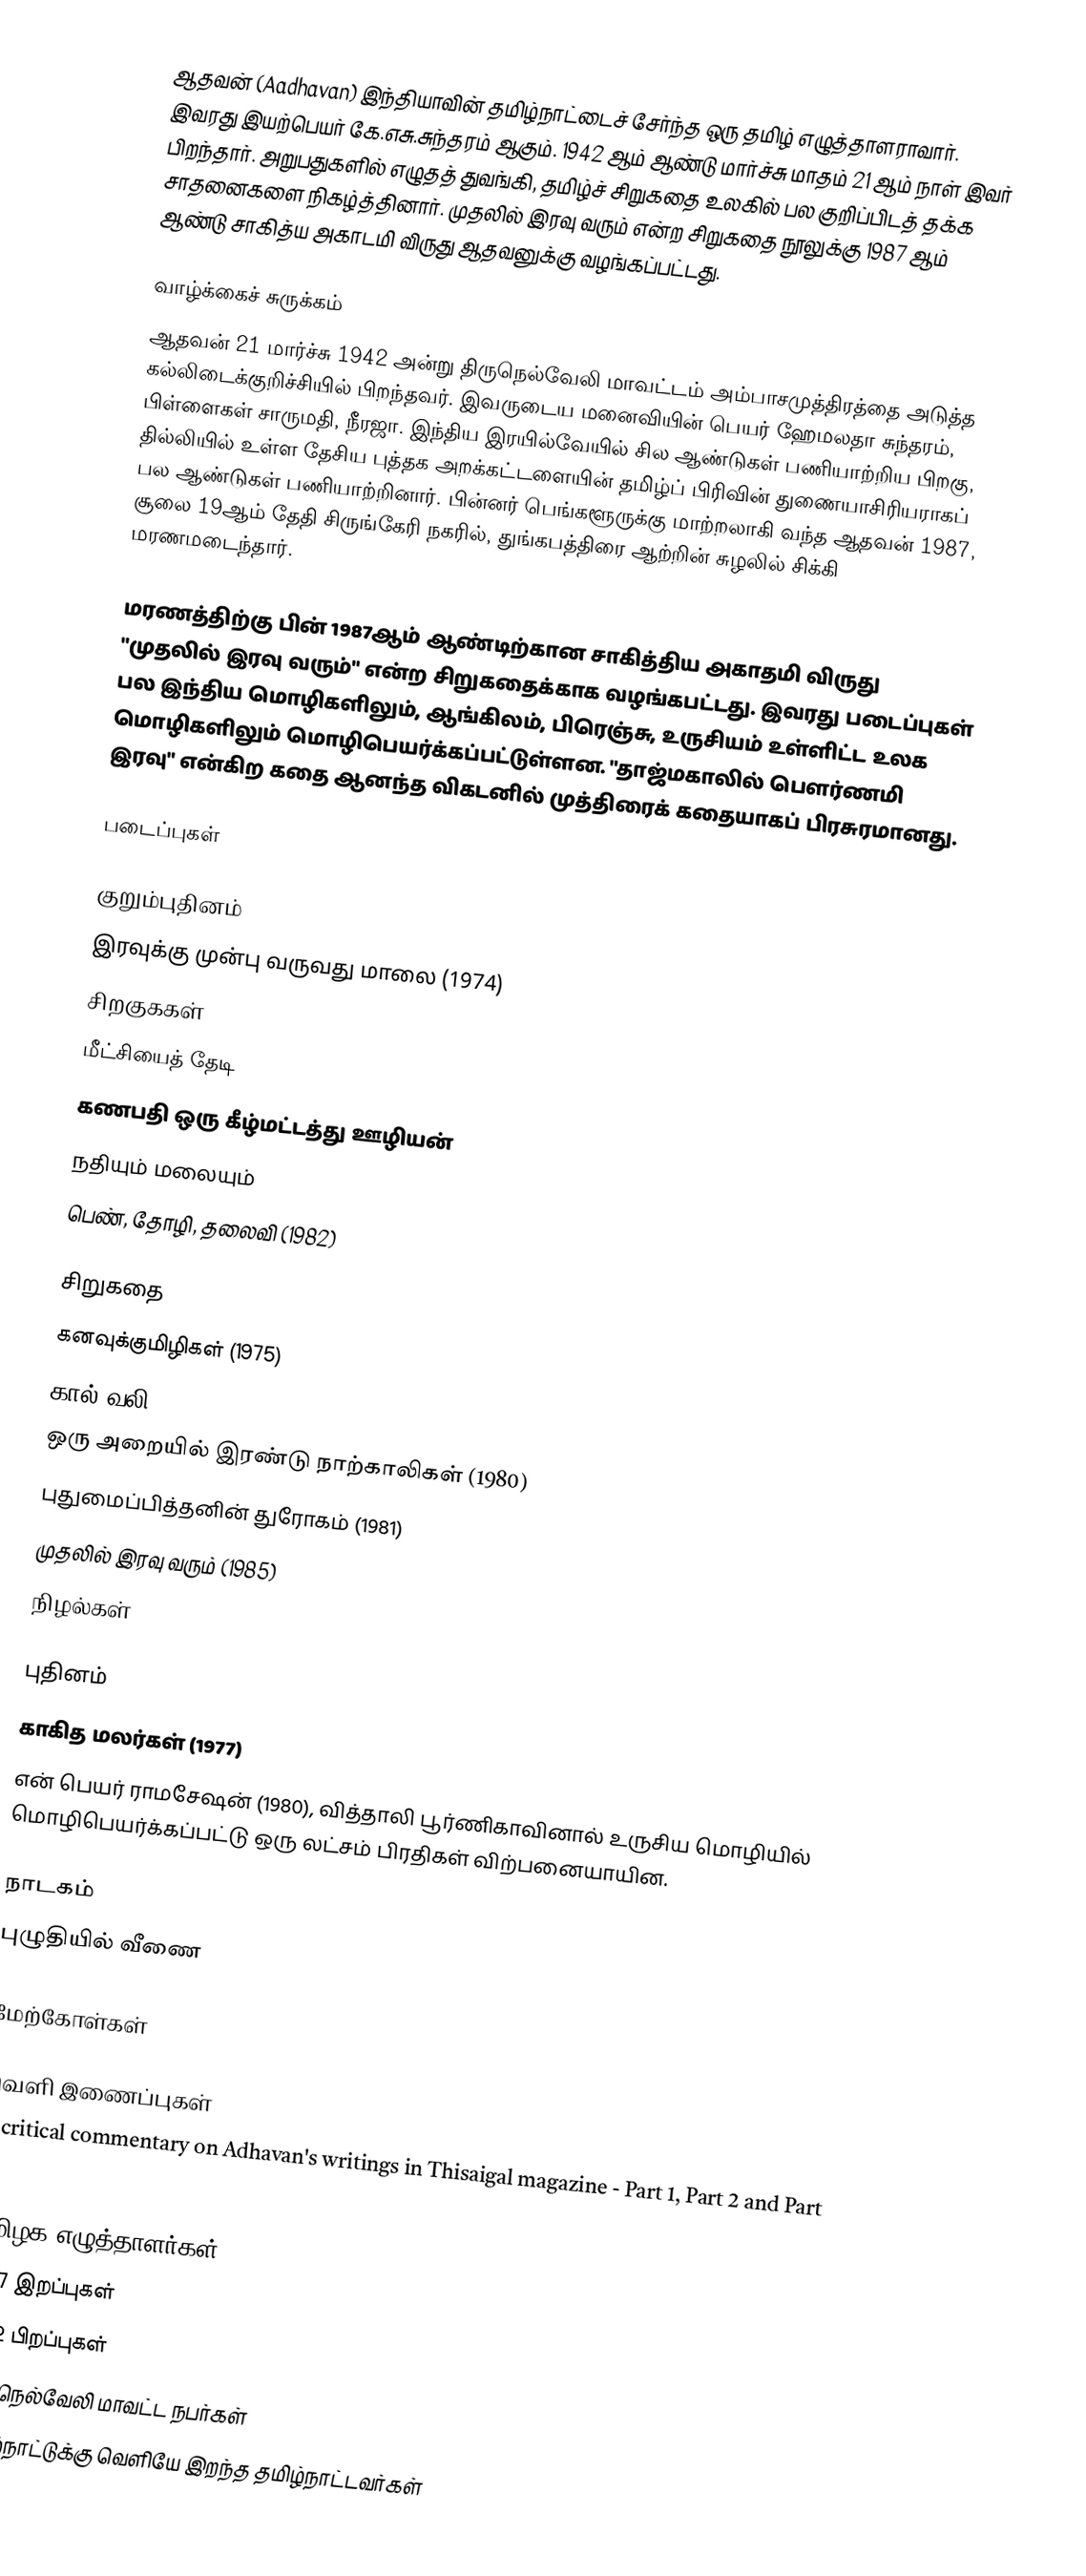
ஆதவன் (Aadhavan) இந்தியாவின் தமிழ்நாட்டைச் சேர்ந்த ஒரு தமிழ் எழுத்தாளராவார். இவரது இயற்பெயர் கே.எசு.சுந்தரம் ஆகும். 1942 ஆம் ஆண்டு மார்ச்சு மாதம் 21 ஆம் நாள் இவர் பிறந்தார். அறுபதுகளில் எழுதத் துவங்கி, தமிழ்ச் சிறுகதை உலகில் பல குறிப்பிடத் தக்க சாதனைகளை நிகழ்த்தினார். முதலில் இரவு வரும் என்ற சிறுகதை நூலுக்கு 1987 ஆம் ஆண்டு சாகித்ய அகாடமி விருது ஆதவனுக்கு வழங்கப்பட்டது.

வாழ்க்கைச் சுருக்கம்
ஆதவன் 21 மார்ச்சு 1942 அன்று திருநெல்வேலி மாவட்டம் அம்பாசமுத்திரத்தை அடுத்த கல்லிடைக்குறிச்சியில் பிறந்தவர். இவருடைய மனைவியின் பெயர் ஹேமலதா சுந்தரம், பிள்ளைகள் சாருமதி, நீரஜா. இந்திய இரயில்வேயில் சில ஆண்டுகள் பணியாற்றிய பிறகு, தில்லியில் உள்ள தேசிய புத்தக அறக்கட்டளையின் தமிழ்ப் பிரிவின் துணையாசிரியராகப் பல ஆண்டுகள் பணியாற்றினார். பின்னர் பெங்களூருக்கு மாற்றலாகி வந்த ஆதவன் 1987, சூலை 19ஆம் தேதி சிருங்கேரி நகரில், துங்கபத்திரை ஆற்றின் சுழலில் சிக்கி மரணமடைந்தார்.

மரணத்திற்கு பின் 1987ஆம் ஆண்டிற்கான சாகித்திய அகாதமி விருது "முதலில் இரவு வரும்" என்ற சிறுகதைக்காக வழங்கபட்டது. இவரது படைப்புகள் பல இந்திய மொழிகளிலும், ஆங்கிலம், பிரெஞ்சு, உருசியம் உள்ளிட்ட உலக மொழிகளிலும் மொழிபெயர்க்கப்பட்டுள்ளன. "தாஜ்மகாலில் பெளர்ணமி இரவு" என்கிற கதை ஆனந்த விகடனில் முத்திரைக் கதையாகப் பிரசுரமானது.

படைப்புகள்

குறும்புதினம்
இரவுக்கு முன்பு வருவது மாலை (1974)
சிறகுககள்
மீட்சியைத் தேடி
கணபதி ஒரு கீழ்மட்டத்து ஊழியன்
நதியும் மலையும்
பெண், தோழி, தலைவி (1982)

சிறுகதை
கனவுக்குமிழிகள் (1975)
கால் வலி (1975)
ஒரு அறையில் இரண்டு நாற்காலிகள் (1980)
புதுமைப்பித்தனின் துரோகம் (1981)
முதலில் இரவு வரும் (1985)
நிழல்கள்

புதினம்
காகித மலர்கள் (1977)
என் பெயர் ராமசேஷன் (1980), வித்தாலி பூர்ணிகாவினால் உருசிய மொழியில் மொழிபெயர்க்கப்பட்டு ஒரு லட்சம் பிரதிகள் விற்பனையாயின.

நாடகம்
புழுதியில் வீணை

மேற்கோள்கள்

வெளி இணைப்புகள்
A critical commentary on Adhavan's writings in Thisaigal magazine - Part 1, Part 2 and Part 3

தமிழக எழுத்தாளர்கள்
1987 இறப்புகள்
1942 பிறப்புகள்
திருநெல்வேலி மாவட்ட நபர்கள்
தமிழ்நாட்டுக்கு வெளியே இறந்த தமிழ்நாட்டவர்கள்